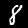
Digit: 8